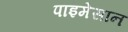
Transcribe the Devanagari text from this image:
पाइमेसान